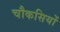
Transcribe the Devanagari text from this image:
चौकसियों